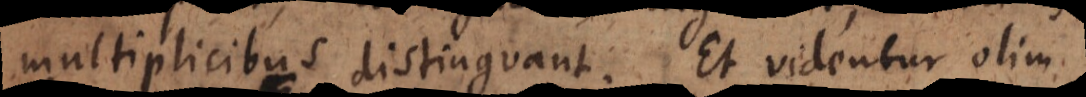
multiplicibus distinguant. Et videntur olim